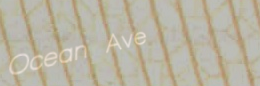
Ocean Ave